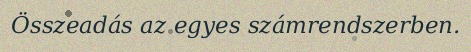
Összeadás az egyes számrendszerben.